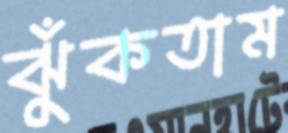
ঝুঁকতাম